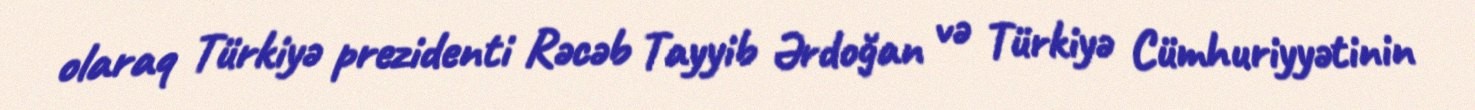
olaraq Türkiyə prezidenti Rəcəb Tayyib Ərdoğan və Türkiyə Cümhuriyyətinin